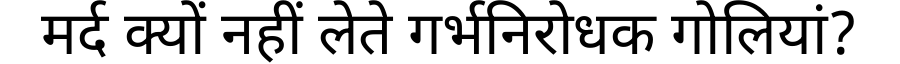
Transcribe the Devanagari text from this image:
मर्द क्यों नहीं लेते गर्भनिरोधक गोलियां?